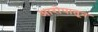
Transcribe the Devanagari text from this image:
आरोपातून